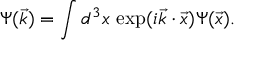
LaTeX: \Psi ( \vec { k } ) = \int d ^ { 3 } x \ \mathrm { e x p } ( i \vec { k } \cdot \vec { x } ) \Psi ( \vec { x } ) .